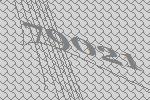
79021